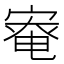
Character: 𡩯